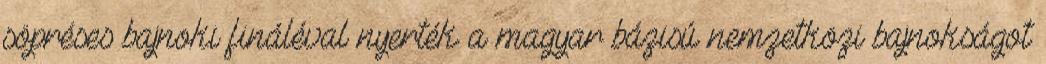
söpréses bajnoki fináléval nyerték a magyar bázisú nemzetközi bajnokságot